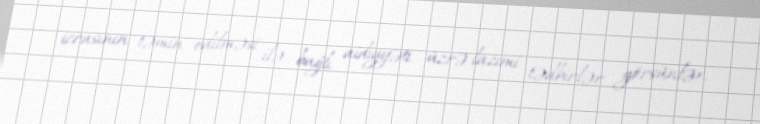
icrasının təmin edilməsi ilə bağlı aidiyyəti üzrə lazımi tədbirlər görsünlər.